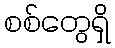
စစ်တွေရှိ